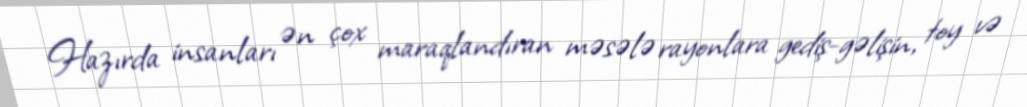
Hazırda insanları ən çox maraqlandıran məsələ rayonlara gediş-gəlişin, toy və